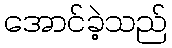
အောင်ခဲ့သည်